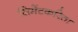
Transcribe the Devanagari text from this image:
सिमेंटकरिता